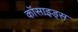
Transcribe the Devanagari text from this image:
कॉसाइड्स